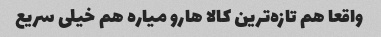
واقعا هم تازه‌ترین کالا هارو میاره هم خیلی سریع